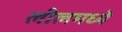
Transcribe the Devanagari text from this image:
लीलमध्ये